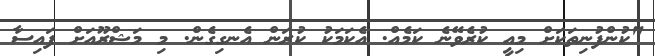
"ކުންފުނިތަކަށް މިއީ ކުރެވޭނެ ކަމެއް. އެކަމަކު ކުރަން އެނގިގެން. މި މަޝްރޫއަށް ފައިސާ